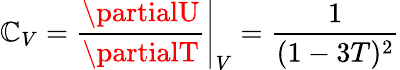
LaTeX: \mathbb{C}_{V}=\left.\frac{{\partialU}}{{\partialT}}\right|_{V}=\frac{{1}}{{(1-3T)^{2}}}